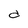
Character: d